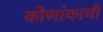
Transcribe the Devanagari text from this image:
कोणांकाची